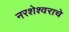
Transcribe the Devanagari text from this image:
नरशेश्‍वराचे